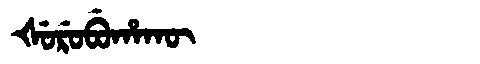
Manchu: ᡧᡠᡵᡠᠪᡠᡥᠠᡴᡡ
Romanization: ŠURUBUHAKŪ